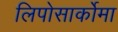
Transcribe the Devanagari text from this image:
लिपोसार्कोमा